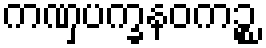
ကဏှပက္ခနဝကဉ္စ